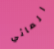
المائي